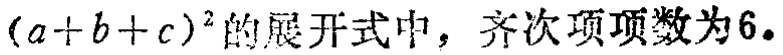
$(a + b + c)^2$的展开式中，齐次项项数为6.